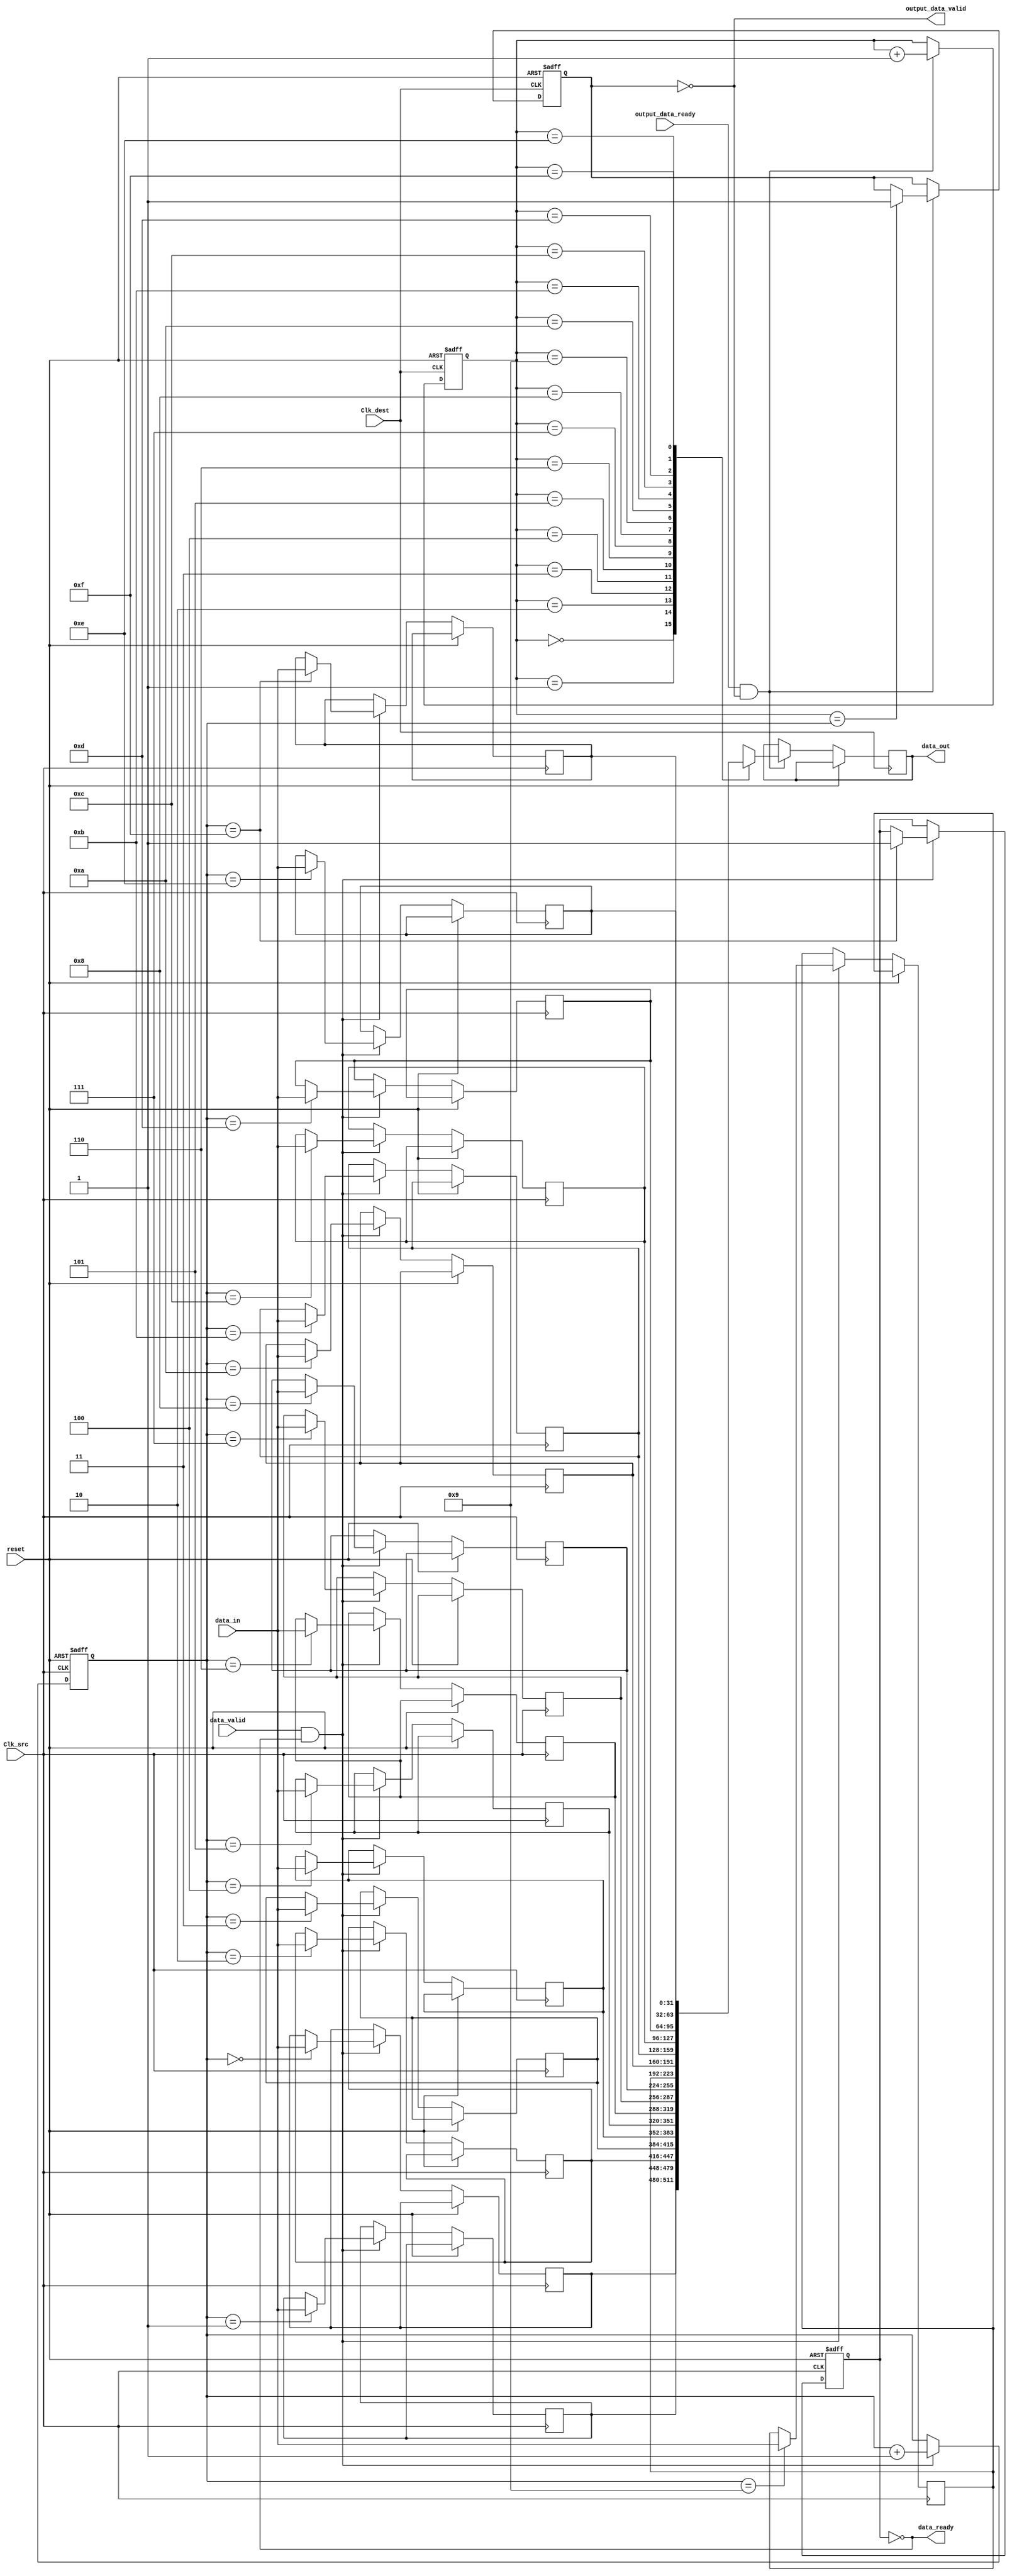
module burst_mode_synchronizer #(
    parameter DATA_WIDTH = 32,
    parameter FIFO_DEPTH = 16
)(
    input wire Clk_src,               // Source clock
    input wire Clk_dest,              // Destination clock
    input wire [DATA_WIDTH-1:0] data_in, // Data input from source clock domain
    input wire data_valid,            // Data valid signal from source clock domain
    output wire data_ready,           // Data ready signal for source clock domain
    output wire [DATA_WIDTH-1:0] data_out, // Synchronized data output to destination clock domain
    output wire output_data_valid,    // Output data valid signal for destination clock domain
    input wire output_data_ready,     // Output data ready signal from destination clock domain
    input wire reset                   // Asynchronous reset
);

// FIFO buffer signals
reg [DATA_WIDTH-1:0] fifo_mem [0:FIFO_DEPTH-1];
reg [3:0] write_ptr, read_ptr;
reg fifo_full, fifo_empty;

// Control signals
reg burst_start, burst_end;
wire burst_start_sync, burst_end_sync;

// Synchronization logic
reg [1:0] burst_start_sync_ff, burst_end_sync_ff;

always @(posedge Clk_dest or posedge reset) begin
    if (reset) begin
        burst_start_sync_ff <= 2'b00;
        burst_end_sync_ff <= 2'b00;
    end else begin
        burst_start_sync_ff <= {burst_start_sync_ff[0], burst_start};
        burst_end_sync_ff <= {burst_end_sync_ff[0], burst_end};
    end
end

assign burst_start_sync = burst_start_sync_ff[1];
assign burst_end_sync = burst_end_sync_ff[1];

// FIFO write logic
always @(posedge Clk_src or posedge reset) begin
    if (reset) begin
        write_ptr <= 0;
        fifo_full <= 0;
    end else if (data_valid && !fifo_full) begin
        fifo_mem[write_ptr] <= data_in;
        write_ptr <= write_ptr + 1;
        if (write_ptr == FIFO_DEPTH - 1) begin
            fifo_full <= 1;
        end
    end
end

// FIFO read logic
always @(posedge Clk_dest or posedge reset) begin
    if (reset) begin
        read_ptr <= 0;
        fifo_empty <= 1;
    end else if (output_data_ready && !fifo_empty) begin
        data_out <= fifo_mem[read_ptr];
        read_ptr <= read_ptr + 1;
        if (read_ptr == write_ptr) begin
            fifo_empty <= 1;
        end
    end
end

// Control signals for burst transfer
always @(posedge Clk_src or posedge reset) begin
    if (reset) begin
        burst_start <= 0;
        burst_end <= 0;
    end else if (data_valid && !fifo_full) begin
        burst_start <= 1;
    end else if (output_data_ready && !fifo_empty) begin
        burst_end <= 1;
    end else begin
        burst_start <= 0;
        burst_end <= 0;
    end
end

// Output control signals
assign data_ready = !fifo_full;
assign output_data_valid = !fifo_empty;

endmodule